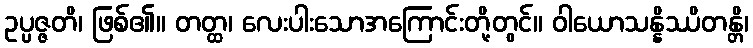
ဥပ္ပဇ္ဇတိ၊ ဖြစ်၏။ တတ္ထ၊ လေးပါးသောအကြောင်းတို့တွင်။ ဝါယောသန္နိဿိတန္တိ၊